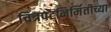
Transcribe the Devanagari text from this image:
चित्रपटनिर्मितीच्या